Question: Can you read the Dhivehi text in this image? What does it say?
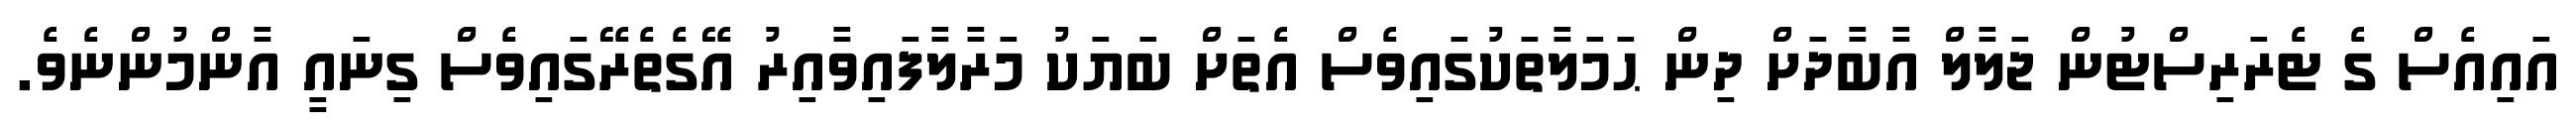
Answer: އައިއެސް ގެ ޓެރަރިސްޓުން ޖަލާލް އާބާދަށް ދިން ޙަމަލާތަކުގައިވެސް އެތަށް ބަޔަކު މަރާލާފައިވާއިރު އޭގެތެރޭގައިވެސް ގިނައީ އާންމުންނެވެ.